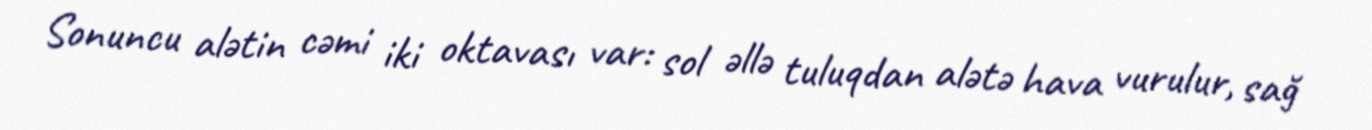
Sonuncu alətin cəmi iki oktavası var: sol əllə tuluqdan alətə hava vurulur, sağ